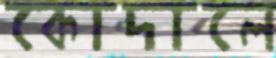
কোদালে